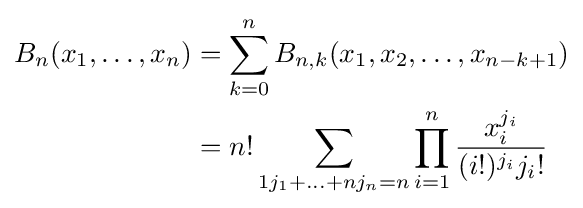
{\begin{aligned}B_{n}(x_{1},\dots ,x_{n})&=\sum _{k=0}^{n}B_{n,k}(x_{1},x_{2},\dots ,x_{n-k+1})\\&=n!\sum _{1j_{1}+\ldots +nj_{n}=n}\prod _{i=1}^{n}{\frac {x_{i}^{j_{i}}}{(i!)^{j_{i}}j_{i}!}}\end{aligned}}